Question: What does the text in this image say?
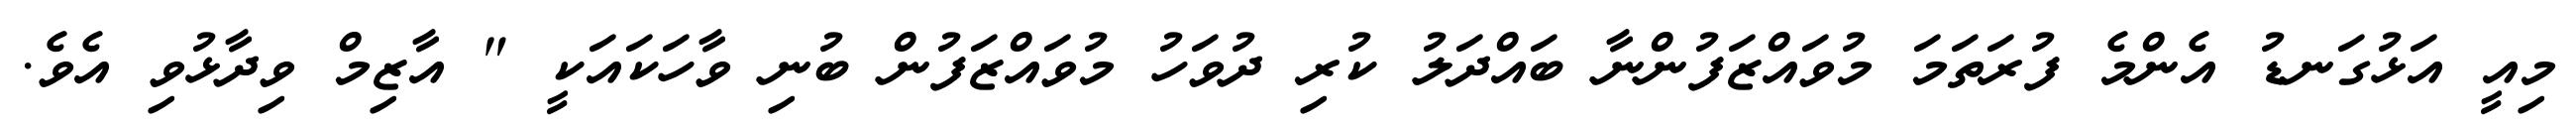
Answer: މިއީ އަޅުގަނޑު އެންމެ ފުރަތަމަ މުވައްޒަފުންނާ ބައްދަލު ކުރި ދުވަހު މުވައްޒަފުން ބުނި ވާހަކައަކީ " އާޒިމް ވިދާޅުވި އެވެ.